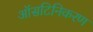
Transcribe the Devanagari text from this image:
ऑसटिनिकरण